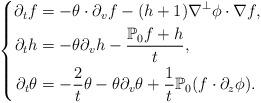
LaTeX: \begin{align*}\left\{\begin{aligned}\partial_tf&=-\theta\cdot\partial_vf-(h+1)\nabla^{\perp}\phi\cdot\nabla f,\\\partial_th&=-\theta\partial_vh-\frac{\mathbb{P}_0f+h}{t},\\\partial_t\theta&=-\frac{2}{t}\theta-\theta\partial_v\theta+\frac{1}{t}\mathbb{P}_0(f\cdot\partial_z\phi).\end{aligned}\right.\end{align*}